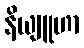
နိယျူဟာ